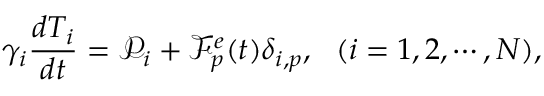
\gamma _ { i } \frac { d T _ { i } } { d t } = \mathcal P _ { i } + \mathcal F _ { p } ^ { e } ( t ) \delta _ { i , p } , ~ ~ ( i = 1 , 2 , \cdots , N ) ,